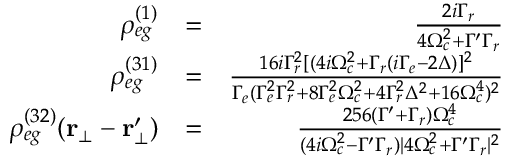
\begin{array} { r l r } { \rho _ { e g } ^ { ( 1 ) } } & { = } & { \frac { 2 i \Gamma _ { r } } { 4 \Omega _ { c } ^ { 2 } + \Gamma ^ { \prime } \Gamma _ { r } } } \\ { \rho _ { e g } ^ { ( 3 1 ) } } & { = } & { \frac { 1 6 i \Gamma _ { r } ^ { 2 } [ ( 4 i \Omega _ { c } ^ { 2 } + \Gamma _ { r } ( i \Gamma _ { e } - 2 \Delta ) ] ^ { 2 } } { \Gamma _ { e } ( \Gamma _ { e } ^ { 2 } \Gamma _ { r } ^ { 2 } + 8 \Gamma _ { e } ^ { 2 } \Omega _ { c } ^ { 2 } + 4 \Gamma _ { r } ^ { 2 } \Delta ^ { 2 } + 1 6 \Omega _ { c } ^ { 4 } ) ^ { 2 } } } \\ { \rho _ { e g } ^ { ( 3 2 ) } ( \mathbf { r _ { \bot } } - \mathbf { r _ { \bot } ^ { \prime } } ) } & { = } & { \frac { 2 5 6 ( \Gamma ^ { \prime } + \Gamma _ { r } ) \Omega _ { c } ^ { 4 } } { ( 4 i \Omega _ { c } ^ { 2 } - \Gamma ^ { \prime } \Gamma _ { r } ) | 4 \Omega _ { c } ^ { 2 } + \Gamma ^ { \prime } \Gamma _ { r } | ^ { 2 } } } \end{array}